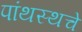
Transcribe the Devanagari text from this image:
पांथस्थचे